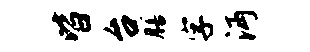
皆台膳字沔